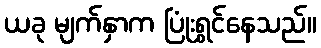
ယခု မျက်နှာက ပြုံးရွှင်နေသည်။